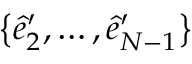
\big \{ \hat { e } _ { 2 } ^ { \prime } , \dots , \hat { e } _ { N - 1 } ^ { \prime } \big \}